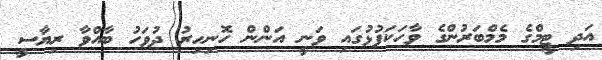
އަދި ޓީމްގެ މެމްބަރުންގެ ވާހަކަފުޅުގައި ވަނީ އަންން ހޮނިހިރު ދުވަހު ބާއްވާ ރިޔާސީ